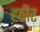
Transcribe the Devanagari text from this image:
हठीर